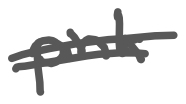
Text: pink
Cross-out: double-line
Writing tool: digital_gray